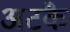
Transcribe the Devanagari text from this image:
अटकै